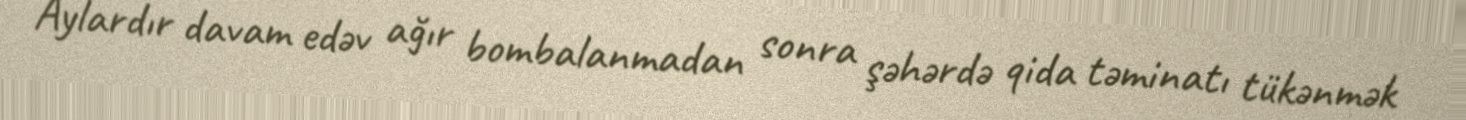
Aylardır davam edəv ağır bombalanmadan sonra şəhərdə qida təminatı tükənmək